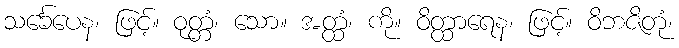
သင်္ခေပေန၊ ဖြင့်။ ဝုတ္တံ၊ သော။ အတ္ထံ၊ ကို။ ဝိတ္ထာရေန၊ ဖြင့်။ ဝိဘဇိတုံ၊